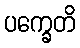
ပက္ခေတိ